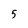
Character: 5